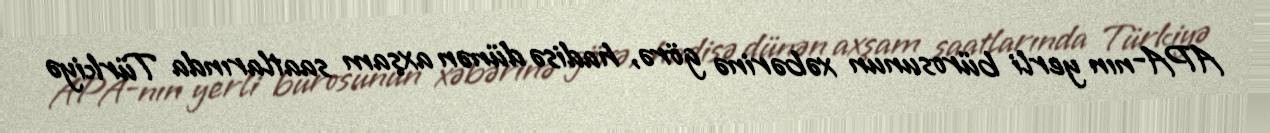
APA-nın yerli bürosunun xəbərinə görə, hadisə dünən axşam saatlarında Türkiyə